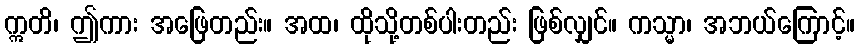
ဣတိ၊ ဤကား အဖြေတည်း။ အထ၊ ထိုသို့တစ်ပါးတည်း ဖြစ်လျှင်။ ကသ္မာ၊ အဘယ်ကြောင့်။